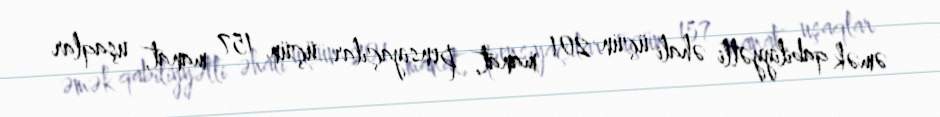
əmək qabiliyyətli əhali üçün 201 manat, pensiyaçılar üçün 157 manat, uşaqlar